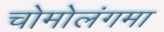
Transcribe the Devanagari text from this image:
चोमोलंगमा